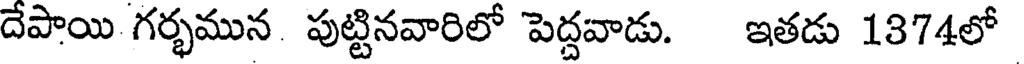
దేపాయి గర్భమున పుట్టినవారిలో పెద్దవాడు. ఇతడు 1374లో